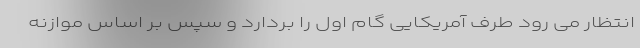
انتظار می رود طرف آمریکایی گام اول را بردارد و سپس بر اساس موازنه